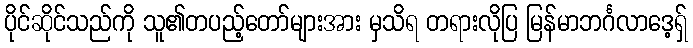
ပိုင်ဆိုင်သည်ကို သူ၏တပည့်တော်များအား မှသိရ တရားလိုပြ မြန်မာဘင်္ဂလာဒေ့ရှ်